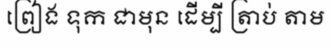
ព្រៀង ទុក ជាមុន ដើម្បី ត្រាប់ តាម